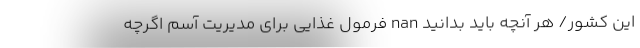
این کشور/ هر آنچه باید بدانید nan فرمول غذایی برای مدیریت آسم اگرچه